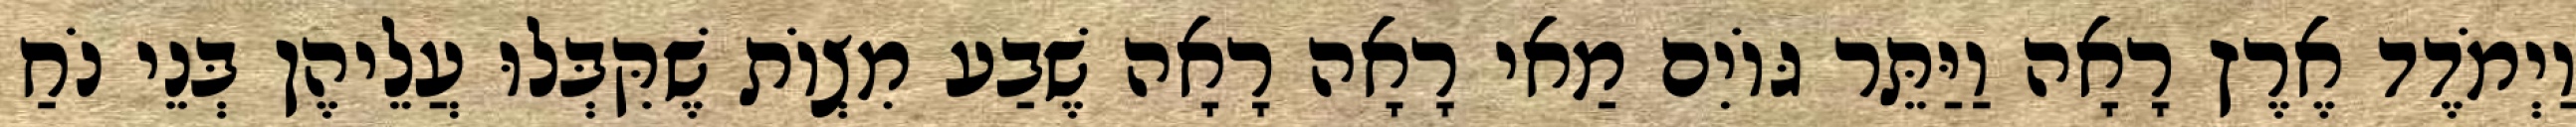
וַיְמֹדֶד אֶרֶץ רָאָה וַיַּתֵּר גּוֹיִם מַאי רָאָה רָאָה שֶׁבַע מִצְוֹת שֶׁקִּבְּלוּ עֲלֵיהֶן בְּנֵי נֹחַ